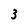
Character: 3